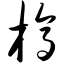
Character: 槁